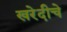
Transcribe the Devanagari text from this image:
खरेदीचे